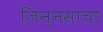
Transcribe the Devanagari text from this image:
जिन्नसांचा